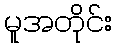
မူအတိုင်း